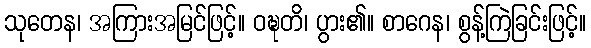
သုတေန၊ အကြားအမြင်ဖြင့်။ ဝဍ္ဎတိ၊ ပွား၏။ စာဂေန၊ စွန့်ကြဲခြင်းဖြင့်။